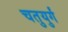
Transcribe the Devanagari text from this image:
चतुयुर्गं